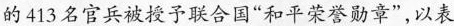
的413名官兵被授予联合国”和平荣誉勋章”，以表